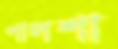
পালশা